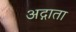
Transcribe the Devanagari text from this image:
अद्गाता